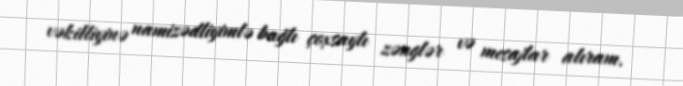
vəkilliyinə namizədliyimlə bağlı çoxsaylı zənglər və mesajlar alıram.